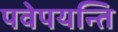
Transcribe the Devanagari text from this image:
पवेपयन्ति